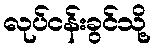
လုပ်ငန်းခွင်သို့